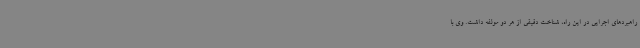
راهبردهای اجرایی در این راه، شناخت دقیقی از هر دو مولفه داشت. وی با